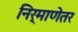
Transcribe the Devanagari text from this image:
निर्माणेतर